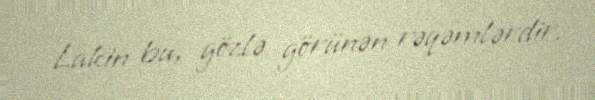
Lakin bu, gözlə görünən rəqəmlərdir.